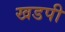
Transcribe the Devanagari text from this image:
खडपी